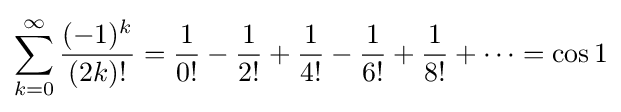
\sum _{k=0}^{\infty }{\frac {(-1)^{k}}{(2k)!}}={\frac {1}{0!}}-{\frac {1}{2!}}+{\frac {1}{4!}}-{\frac {1}{6!}}+{\frac {1}{8!}}+\cdots =\cos 1